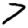
Digit: 7